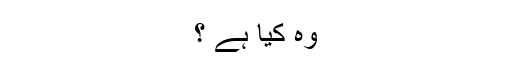
وہ کیا ہے ؟